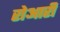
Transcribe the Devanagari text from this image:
रोआरी